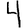
Digit: 4